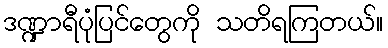
ဒဏ္ဍာရီပုံပြင်တွေကို သတိရကြတယ်။